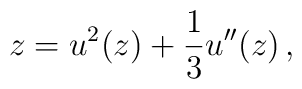
z = u^{2}(z) + {1\over 3} u''(z)\, ,